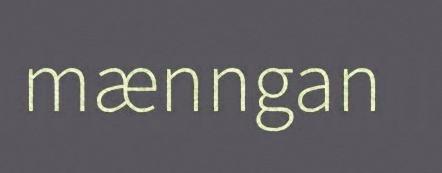
mænngan